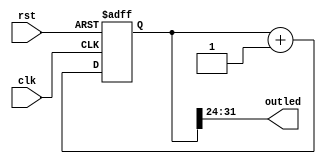
module count32(input clk,rst,output [7:0] outled);
    reg [31:0] led;
    always @(posedge clk,posedge rst)
    begin
        if (rst == 1) led<=32'b0000_0000_0000_0000_0000_0000_0000_0000;
        else led<=led + 32'b0000_0000_0000_0000_0000_0000_0000_0001;
    end
    assign outled=led[31:24];
endmodule